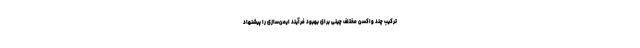
ترکیب چند واکسن مختلف چینی برای بهبود فرآیند ایمن‌سازی را پیشنهاد